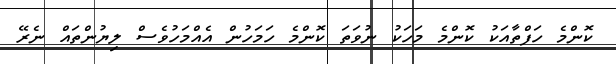
ކޮންމެ ހަފްތާއަކު ކޮންމެ މަހަކު ނުވަތަ ކޮންމެ ހަމަހުން އެއްމަހުވެސް ލިޔުންތައް ނެރޭ